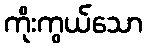
ကိုးကွယ်သော